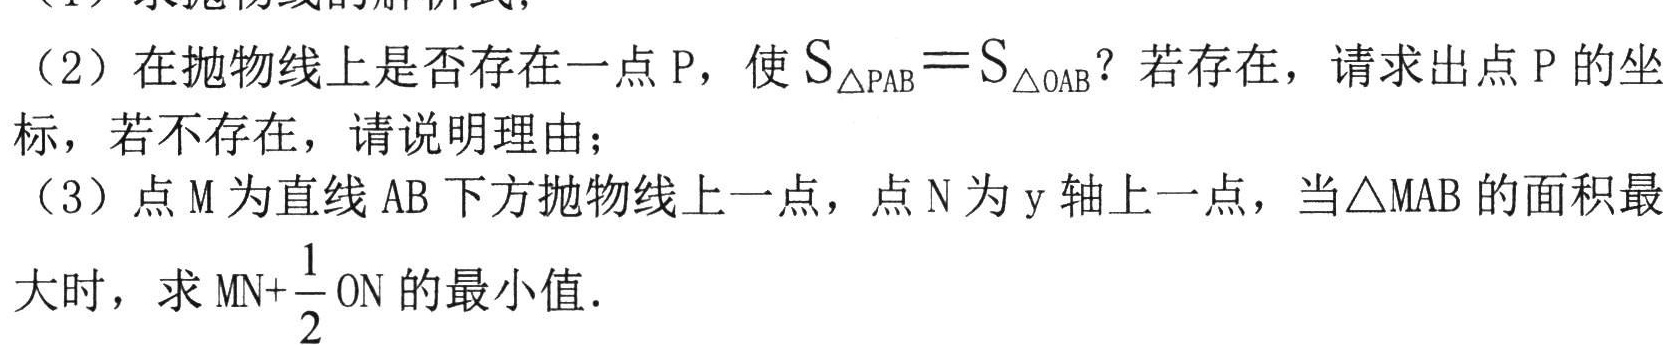
（2）在抛物线上是否存在一点 P，使$S_{\triangle PAB}=S_{\triangle OAB}$？若存在，请求出点 P 的坐标，若不存在，请说明理由；
（3）点 M 为直线 AB 下方抛物线上一点，点 N 为 y 轴上一点，当$\triangle MAB$的面积最大时，求$MN + \dfrac{1}{2}ON$的最小值．